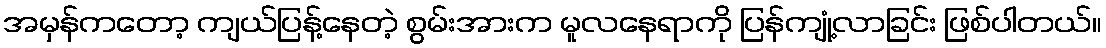
အမှန်ကတော့ ကျယ်ပြန့်နေတဲ့ စွမ်းအားက မူလနေရာကို ပြန်ကျုံ့လာခြင်း ဖြစ်ပါတယ်။